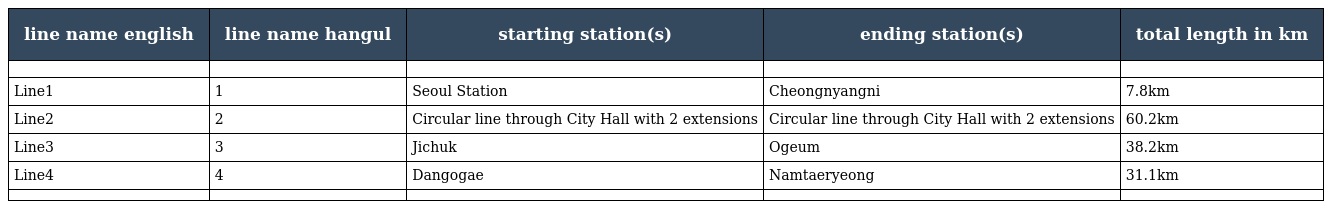
| line name english | line name hangul | starting station(s) | ending station(s) | total length in km |
 | --- | --- | --- | --- | --- |
 |  |  |  |  |  |
 | Line1 | 1호선 | Seoul Station | Cheongnyangni | 7.8km |
 | Line2 | 2호선 | Circular line through City Hall with 2 extensions | Circular line through City Hall with 2 extensions | 60.2km |
 | Line3 | 3호선 | Jichuk | Ogeum | 38.2km |
 | Line4 | 4호선 | Dangogae | Namtaeryeong | 31.1km |
 |  |  |  |  |  |